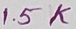
Text: 1.5K